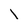
Character: l